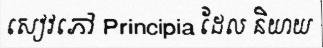
សៀវភៅ Principia ដែល និយាយ